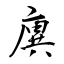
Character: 廙